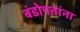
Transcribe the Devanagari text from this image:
बंडोपतांना